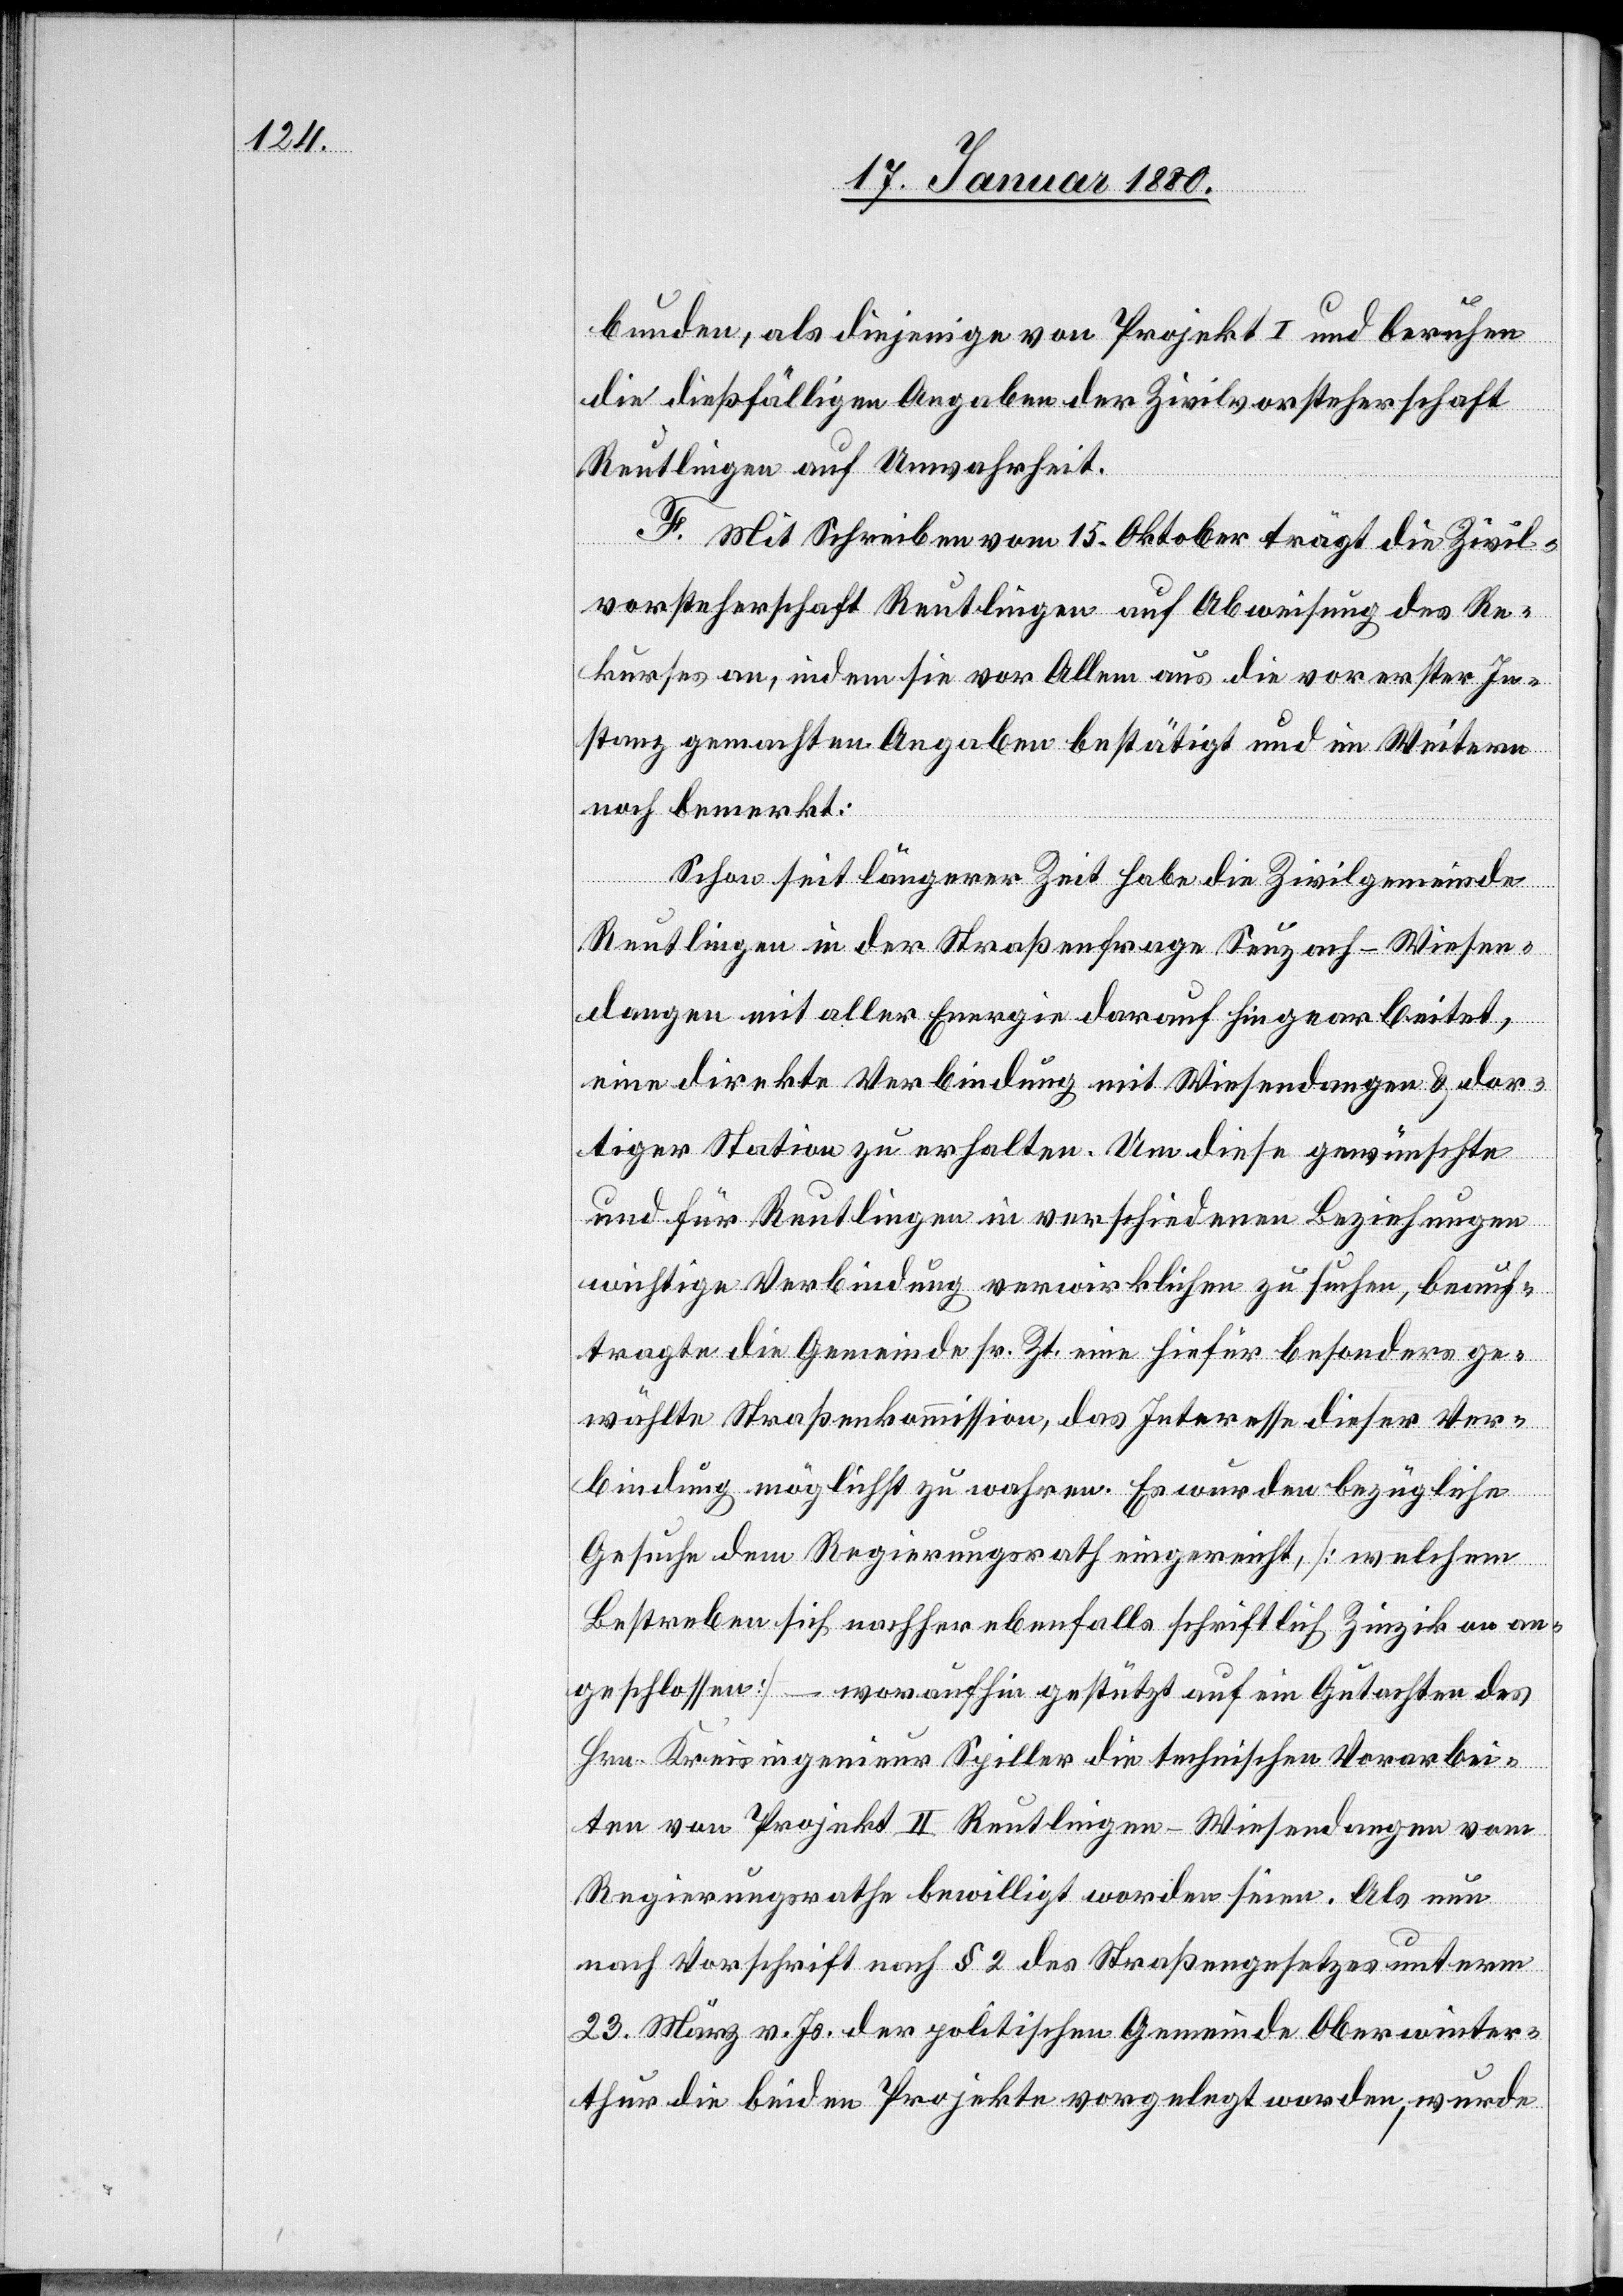
bunden, als diejenige von Projekt I und beruhen
die dießfälligen Angaben der Zivilvorsteherschaft
Reutlingen auf Unwahrheit.
F. Mit Schreiben vom 15. Oktober trägt die Zivil¬
vorsteherschaft Reutlingen auf Abweisung des Re¬
kurses an, indem sie vor Allem aus die vor erster In¬
stanz gemachten Angaben bestätigt und im Weitern
noch bemerkt:
Schon seit längerer Zeit habe die Zivilgemeinde
Reutlingen in der Straßenfrage Seuzach–Wiesen¬
dangen mit aller Energie darauf hingewirkt,
eine direkte Verbindung mit Wiesendangen & dor¬
tiger Station zu erhalten. Um diese gewünschte
und für Reutlingen in verschiedenen Beziehungen
wichtige Verbindung verwirklichen zu suchen, beauf¬
tragte die Gemeinde sr. Zt. eine hiefür besonders ge¬
wählte Straßenkommission, das Interesse dieser Ver¬
bindung möglichst zu wahren. Es wurden bezügliche
Gesuche dem Regierungsrath eingereicht, [welchen
Bestreben sich nachher ebenfalls schriftlich Zinzikon an¬
geschlossen] – woraufhin gestützt auf ein Gutachten des
Hrn. Kreisingenieur Spiller die technischen Vorarbei¬
ten von Projekt II Reutlingen–Wiesendangen vom
Regierungsrathe bewilligt worden seien. Als nun
nach Vorschrift nach § 2 des Straßengesetzes unterm
23. März v. Js. der politischen Gemeinde Oberwinter¬
thur die beiden Projekte vorgelegt worden, wurde